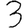
Digit: 3